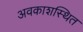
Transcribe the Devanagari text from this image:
अवकाशस्थित